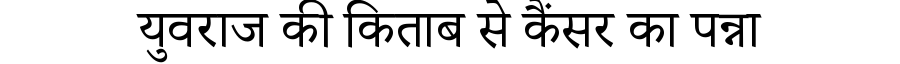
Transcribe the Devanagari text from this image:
युवराज की किताब से कैंसर का पन्ना